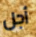
أجل